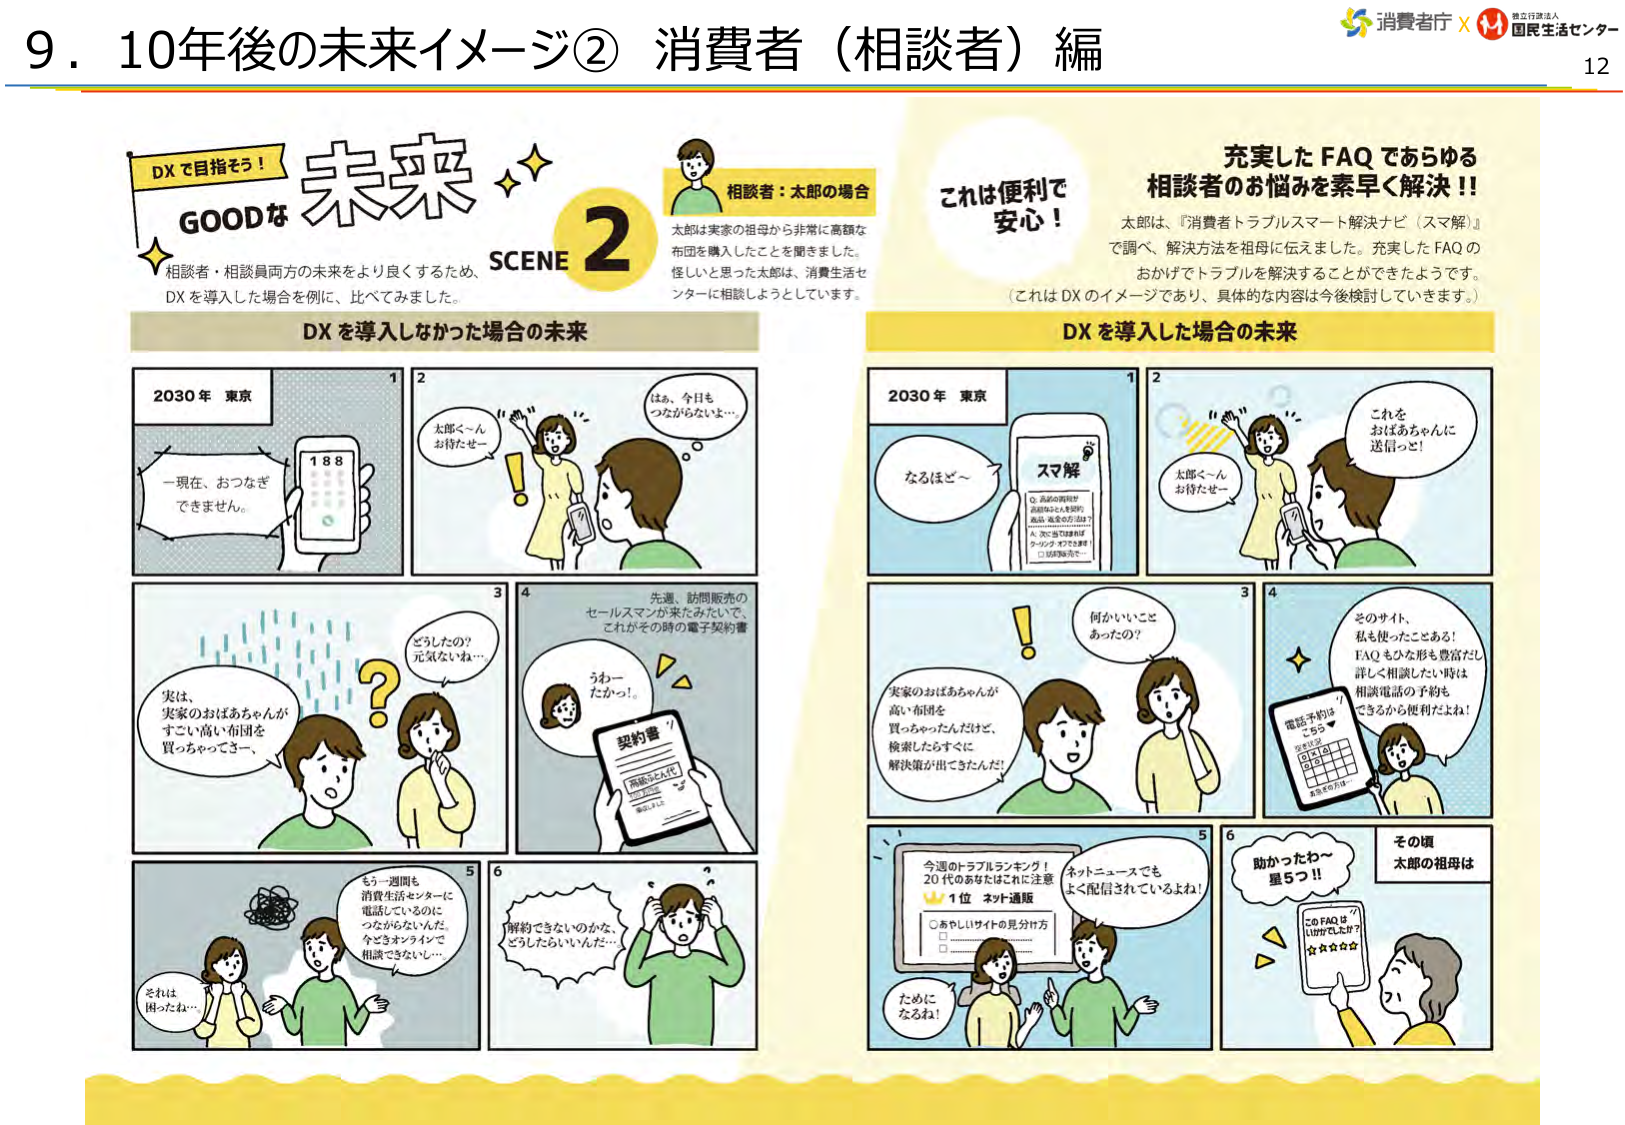
9．10年後の未来イメージ② 消費者（相談者）編

DXで目指そう！
GOODな 未来
SCENE 2

相談者：太郎の場合
太郎は実家の祖母から非常に高額な布団を購入したことを聞きました。
怪しいと思った太郎は、消費生活センターに相談しようとしています。

これは便利で
安心！

充実したFAQであらゆる
相談者のお悩みを素早く解決！！

太郎は、『消費者トラブルスマート解決ナビ（スマ解）』
で調べ、解決方法を祖母に伝えました。充実したFAQの
おかげでトラブルを解決することができたようです。
（これはDXのイメージであり、具体的な内容は今後検討していきます。）

DXを導入しなかった場合の未来

2030年 東京
1
一現在、おつなぎできません。
188

2
太郎く～ん
お待たせー
はぁ、今日も
つながらないよ…

3
どうしたの？
元気ないね…

4
先週、訪問販売の
セールスマンが来たみたいで、
これがその時の電子契約書
うわー
たかっ！

契約書
高価な布団
※印字済

5
もう一週間も
消費生活センターに
電話しているのに
つながらないんだ。
今どきオンラインで
相談できない…

6
解約できないのかな、
どうしたらいいんだ…

DXを導入した場合の未来

2030年 東京
1
なるほど～
スマ解
Q. 高価な商品が
高額な金額で売られた
A. 20代の女性が
クレジットで購入
□ 解決方法を…

2
太郎く～ん
お待たせー
これを
おばあちゃんに
送信っと！

3
何かいいこと
あったの？
実家のおばあちゃんが
高い布団を
買っちゃったんだけど、
検索したらすぐに
解決策が出てきたんだ！

4
そのサイト、
私も使ったことある！
FAQもひな形を豊富だし
詳しく相談したい時は
相談電話の予約も
できるから便利よね！

電話予約は
こちら▼
0123
012
012
※実家の方は

5
今週のトラブルランキング！
20代のあなたはこれに注意
1位 ネット通販
○ あやしいサイトの見分け方
□
□
ために
なるね！

ネットニュースでも
よく配信されているよね！

6
助かったわ～
星5つ！！
このFAQは
いいねでしょ？
☆☆☆☆☆

その頃
太郎の祖母は

消費者庁 × 国民生活センター
12